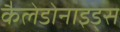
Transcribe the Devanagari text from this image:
कैलेडोनाइड्स